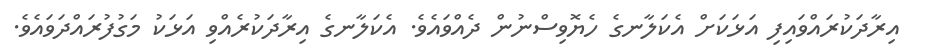
އިރާދަކުރައްވައިފި އަޅަކަށް އެކަލާނގެ ހެޔޮވިސްނުން ދެއްވައެވެ. އެކަލާނގެ އިރާދަކުރެއްވި އަޅަކު މަގުފުރައްދަވައެވެ.